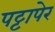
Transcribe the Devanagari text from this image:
पट्टापेर